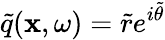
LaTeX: \widetilde{q}(\mathbf{x},\omega)=\widetilde{r}e^{i\widetilde{\theta}}